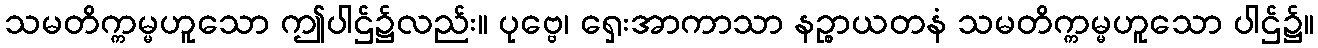
သမတိက္ကမ္မဟူသော ဤပါဌ်၌လည်း။ ပုဗ္ဗေ၊ ရှေးအာကာသာ နဉ္စာယတနံ သမတိက္ကမ္မဟူသော ပါဌ်၌။